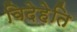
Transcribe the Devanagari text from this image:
विदेहेति